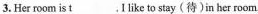
3.Her room is \underline{t}___ I like to stay(待)in her room,.